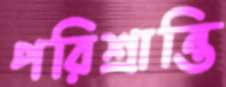
পরিশ্রান্তি